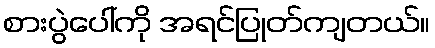
စားပွဲပေါ်ကို အရင်ပြုတ်ကျတယ်။